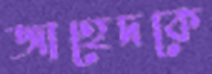
জাহেদকে